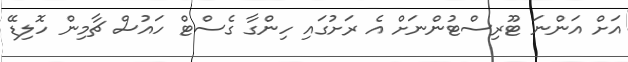
އަށް އަންނަ ޓޫރިސްޓުންނަށް އެ ރަށުގައި ހިންގާ ގެސްޓް ހައުސް ޗާމިން ހޮލިޑޭ